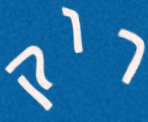
רוק